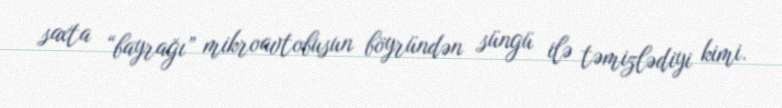
saxta “bayrağı” mikroavtobusun böyründən süngü ilə təmizlədiyi kimi.